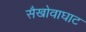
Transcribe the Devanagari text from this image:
सैखोवाघाट